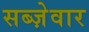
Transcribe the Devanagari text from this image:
सब्ज़ेवार